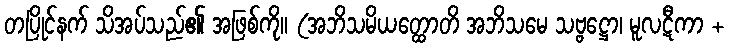
တပြိုင်နက် သိအပ်သည်၏ အဖြစ်ကို။ (အဘိသမိယတ္ထောတိ အဘိသမေ သဗ္ဗဋ္ဌော၊ မူလဋီကာ +